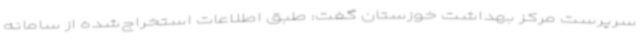
سرپرست مرکز بهداشت خوزستان گفت: طبق اطلاعات استخراج‌شده از سامانه